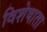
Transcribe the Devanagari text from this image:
विशेषाता